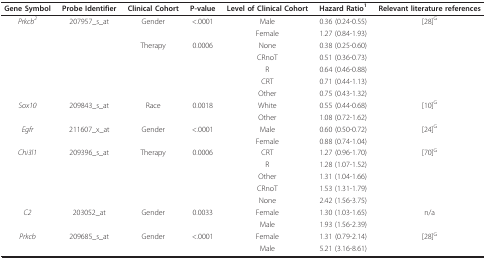
<table><thead><tr><td><b>Gene Symbol</b></td><td><b>Probe Identifier</b></td><td><b>Clinical Cohort</b></td><td><b>P-value</b></td><td><b>Level of Clinical Cohort</b></td><td><b>Hazard Ratio<sup>1</sup></b></td><td><b>Relevant literature references</b></td></tr></thead><tbody><tr><td><i>Prkcb</i><sup><i>2</i></sup></td><td>207957_s_at</td><td>Gender</td><td>&lt;.0001</td><td>Male</td><td>0.36 (0.24-0.55)</td><td>[28]<sup>G</sup></td></tr><tr><td></td><td></td><td></td><td></td><td>Female</td><td>1.27 (0.84-1.93)</td><td></td></tr><tr><td></td><td></td><td>Therapy</td><td>0.0006</td><td>None</td><td>0.38 (0.25-0.60)</td><td></td></tr><tr><td></td><td></td><td></td><td></td><td>CRnoT</td><td>0.51 (0.36-0.73)</td><td></td></tr><tr><td></td><td></td><td></td><td></td><td>R</td><td>0.64 (0.46-0.88)</td><td></td></tr><tr><td></td><td></td><td></td><td></td><td>CRT</td><td>0.71 (0.44-1.13)</td><td></td></tr><tr><td></td><td></td><td></td><td></td><td>Other</td><td>0.75 (0.43-1.32)</td><td></td></tr><tr><td><i>Sox10</i></td><td>209843_s_at</td><td>Race</td><td>0.0018</td><td>White</td><td>0.55 (0.44-0.68)</td><td>[10]<sup>G</sup></td></tr><tr><td></td><td></td><td></td><td></td><td>Other</td><td>1.08 (0.72-1.62)</td><td></td></tr><tr><td><i>Egfr</i></td><td>211607_x_at</td><td>Gender</td><td>&lt;.0001</td><td>Male</td><td>0.60 (0.50-0.72)</td><td>[24]<sup>G</sup></td></tr><tr><td></td><td></td><td></td><td></td><td>Female</td><td>0.88 (0.74-1.04)</td><td></td></tr><tr><td><i>Chi3l1</i></td><td>209396_s_at</td><td>Therapy</td><td>0.0006</td><td>CRT</td><td>1.27 (0.96-1.70)</td><td>[70]<sup>G</sup></td></tr><tr><td></td><td></td><td></td><td></td><td>R</td><td>1.28 (1.07-1.52)</td><td></td></tr><tr><td></td><td></td><td></td><td></td><td>Other</td><td>1.31 (1.04-1.66)</td><td></td></tr><tr><td></td><td></td><td></td><td></td><td>CRnoT</td><td>1.53 (1.31-1.79)</td><td></td></tr><tr><td></td><td></td><td></td><td></td><td>None</td><td>2.42 (1.56-3.75)</td><td></td></tr><tr><td><i>C2</i></td><td>203052_at</td><td>Gender</td><td>0.0033</td><td>Female</td><td>1.30 (1.03-1.65)</td><td>n/a</td></tr><tr><td></td><td></td><td></td><td></td><td>Male</td><td>1.93 (1.56-2.39)</td><td></td></tr><tr><td><i>Prkcb</i></td><td>209685_s_at</td><td>Gender</td><td>&lt;.0001</td><td>Female</td><td>1.31 (0.79-2.14)</td><td>[28]<sup>G</sup></td></tr><tr><td></td><td></td><td></td><td></td><td>Male</td><td>5.21 (3.16-8.61)</td><td></td></tr></tbody></table>